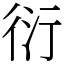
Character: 衍